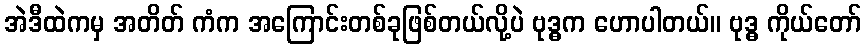
အဲဒီထဲကမှ အတိတ် ကံက အကြောင်းတစ်ခုဖြစ်တယ်လို့ပဲ ဗုဒ္ဓက ဟောပါတယ်။ ဗုဒ္ဓ ကိုယ်တော်